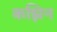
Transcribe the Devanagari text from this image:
कझिन